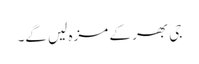
جی بھر کے مزہ لیں گے۔